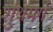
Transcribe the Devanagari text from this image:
शुथमर्ग